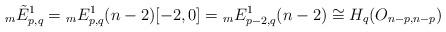
LaTeX: \begin{align*}{}_{m}\tilde{E}^{1}_{p,q} = {}_{m}E^{1}_{p,q}(n-2)[-2,0] = {}_{m}E^{1}_{p-2, q}(n-2) \cong H_{q}(O_{n-p, n-p}) \end{align*}